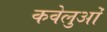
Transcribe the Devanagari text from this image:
कवेलुओं